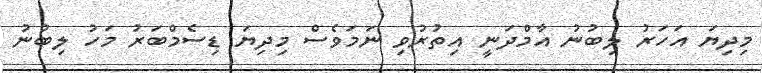
މިދިޔަ އަހަރު ލިބުނު އާމްދަނީ އިތުރުވި ނަމަވެސް މިދިޔަ ޑިސެމްބަރު މަހު ލިބުނު